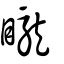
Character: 矓